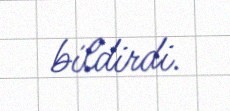
bildirdi.